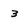
Character: 3